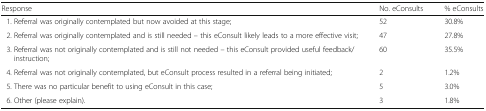
| Response | No. eConsults | % eConsults |
 | --- | --- | --- |
 | 1. Referral was originally contemplated but now avoided at this stage; | 52 | 30.8% |
 | 2. Referral was originally contemplated and is still needed – this eConsult likely leads to a more effective visit; | 47 | 27.8% |
 | 3. Referral was not originally contemplated and is still not needed – this eConsult provided useful feedback/instruction; | 60 | 35.5% |
 | 4. Referral was not originally contemplated, but eConsult process resulted in a referral being initiated; | 2 | 1.2% |
 | 5. There was no particular benefit to using eConsult in this case; | 5 | 3.0% |
 | 6. Other (please explain). | 3 | 1.8% |